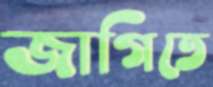
জাগিতে